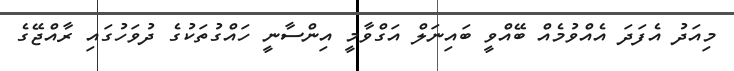
މިއަދު އެފަދަ އެއްވުމެއް ބޭއްވީ ބައިނަލް އަގްވާމީ އިންސާނީ ހައްގުތަކުގެ ދުވަހުގައި ރާއްޖޭގެ